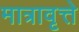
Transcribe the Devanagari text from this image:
मात्रावृत्ते